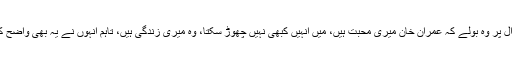
پارٹی چھوڑنے سے متعلق سوال پر وہ بولے کہ عمران خان میری محبت ہیں، میں انہیں کبھی نہیں چھوڑ سکتا، وہ میری زندگی ہیں، تاہم انہوں نے یہ بھی واضح کردیا کہ میں درباری نہیں ہوں۔